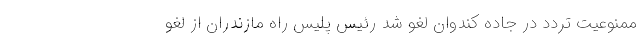
ممنوعیت تردد در جاده کندوان لغو شد رئیس پلیس راه مازندران از لغو